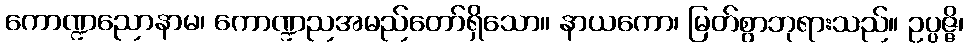
ကောဏ္ဍညောနာမ၊ ကောဏ္ဍညအမည်တော်ရှိသော။ နာယကော၊ မြတ်စွာဘုရားသည်။ ဥပ္ပဇ္ဇိ၊